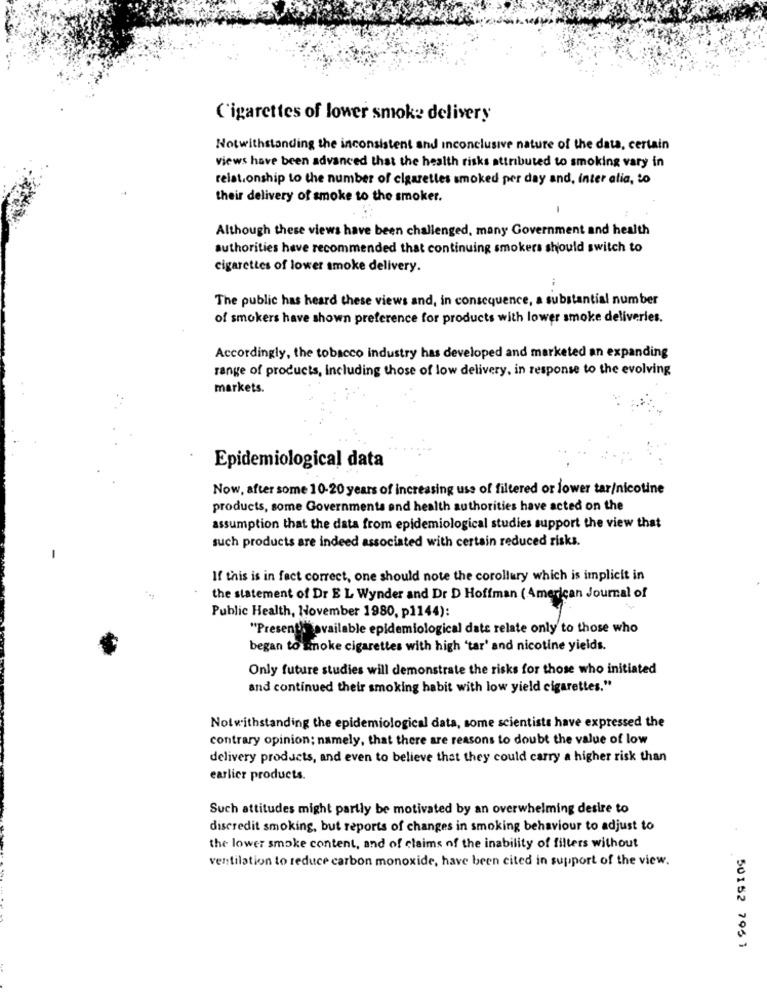
Cigarettes of lower smoke delivery
Notwithstanding the inconsistent and inconclusive nature of the data, certain
views have been advanced that the health risks attributed to smoking vary in
relationship to the number of cigarettes smoked per day and, inter alia, to
their delivery of smoke to the smoker.
Although these views have been challenged, many Government and health
authorities have recommended that continuing smokers should switch to
cigarettes of lower smoke delivery.
The public has heard these views and, in consequence, a substantial number
of smokers have shown preference for products with lower smoke deliveries.
Accordingly, the tobacco industry has developed and marketed an expanding
range of products, including those of low delivery, in response to the evolving
markets.
Epidemiological data
Now, after some 10-20 years of increasing use of filtered or lower tar/nicotine
products, some Governments and health authorities have acted on the
assumption that the data from epidemiological studies support the view that
such products are indeed associated with certain reduced risks.
If this is in fect correct, one should note the corollary which is implicit in
the statement of Dr EL Wynder and Dr D Hoffman (American Journal of
Public Health, November 1980, p1144):
"Presenti available epidemiological date relate only to those who
began to smoke cigarettes with high 'tar' and nicotine yields.
Only future studies will demonstrate the risks for those who initiated
and continued their smoking habit with low yield cigarettes."
Notwithstanding the epidemiological data, some scientists have expressed the
contrary opinion; namely, that there are reasons to doubt the value of low
delivery products, and even to believe that they could carry a higher risk than
earlier products.
Such attitudes might partly be motivated by an overwhelming desire to
discredit smoking, but reports of changes in smoking behaviour to adjust to
the lower smoke content, and of claims of the inability of filters without
ventilation to reduce carbon monoxide, have been cited in support of the view.
50152 7961